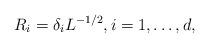
LaTeX: \begin{align*}R_i =\delta_iL^{-1/2},i=1,\ldots,d,\end{align*}